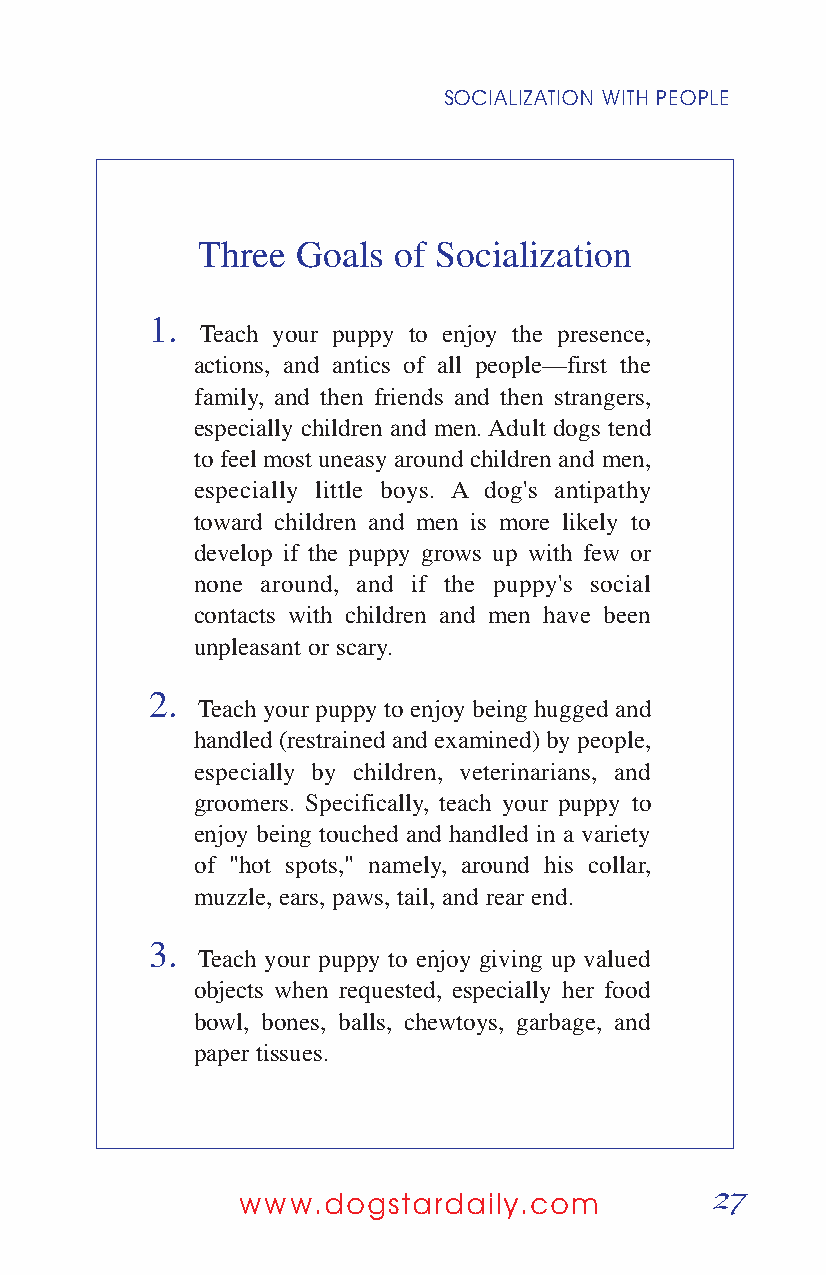
SOCIALIZATION WITH PEOPLE
 Three  Goals of Socialization
 1.
 Teach your puppy to enjoy the presence,
 actions, and antics of all people—first the
 family, and then friends and then strangers,
 especially children and men. Adult dogs tend
 to feel most uneasy around children and men,
 especially little boys. A dog's antipathy
 toward children and men is more likely to
 develop if the puppy grows up with few or
 none around, and if the puppy's social
 contacts with children and men have been
 unpleasant or scary.
 2.
 Teach your puppy to enjoy being hugged and
 handled (restrained and examined) by people,
 especially by children, veterinarians, and
 groomers. Specifically, teach your puppy to
 enjoy being touched and handled in a variety
 of "hot spots," namely, around his collar,
 muzzle, ears, paws, tail, and rear end.
 3.
 Teach your puppy to enjoy giving up valued
 objects when requested, especially her food
 bowl, bones, balls, chewtoys, garbage, and
 paper tissues.
 27
 www.dogstardaily.com